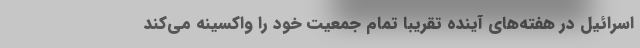
اسرائیل در هفته‌های آینده تقریبا تمام جمعیت خود را واکسینه می‌کند